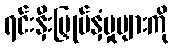
ရင်းနှီးမြှုပ်နှံမှုများကို